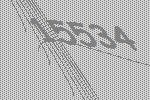
15534